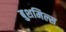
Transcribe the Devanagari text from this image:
बुशमिल्स